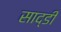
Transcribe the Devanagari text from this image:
साद्डी